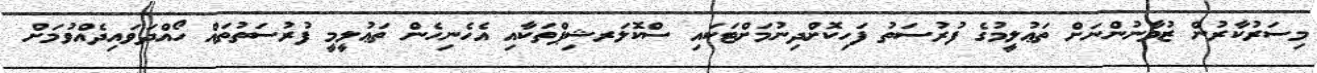
މިސަރުކާރުން ޒުވާނުންނަށް ތަޢުލީމުގެ ފުރުސަތު ފަހިކޮށްދިނުމަށްޓަކައި ސްކޮލަރޝިޕްތަކާއި އެހެނިހެން ތަޢުލީމީ ފުރުސަތުތައް ހޯއްދަވައިދެއްވުމަށް